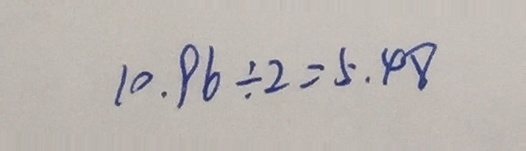
1 0 . 9 6 \div 2 = 5 . 4 8